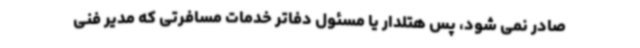
صادر نمی شود، پس هتلدار یا مسئول دفاتر خدمات مسافرتی که مدیر فنی